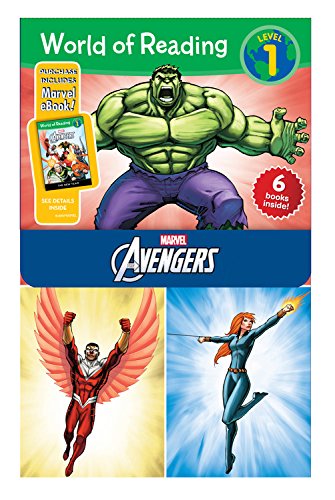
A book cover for World of Reading Avengers Boxed Set: Level 1 - Purchase Includes Marvel eBook!; Disney Book Group; Comics & Graphic Novels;